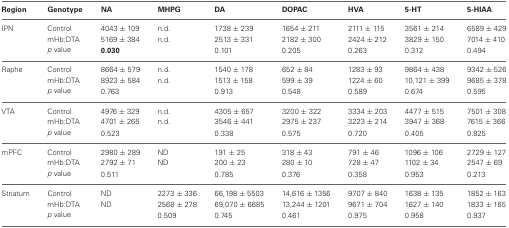
<table><thead><tr><td><b>Region</b></td><td><b>Genotype</b></td><td><b>NA</b></td><td><b>MHPG</b></td><td><b>DA</b></td><td><b>DOPAC</b></td><td><b>HVA</b></td><td><b>5-HT</b></td><td><b>5-HIAA</b></td></tr></thead><tbody><tr><td>IPN</td><td>Control</td><td>4043 ± 109</td><td>n.d.</td><td>1738 ± 239</td><td>1654 ± 211</td><td>2111 ± 115</td><td>3561 ± 214</td><td>6589 ± 429</td></tr><tr><td></td><td>mHb:DTA</td><td>5169 ± 384</td><td>n.d.</td><td>2513 ± 331</td><td>2182 ± 300</td><td>2424 ± 212</td><td>3829 ± 150</td><td>7014 ± 410</td></tr><tr><td></td><td><i>p</i> value</td><td><b>0.030</b></td><td></td><td>0.101</td><td>0.205</td><td>0.263</td><td>0.312</td><td>0.494</td></tr><tr><td>Raphe</td><td>Control</td><td>8664 ± 579</td><td>n.d.</td><td>1540 ± 178</td><td>652 ± 84</td><td>1283 ± 93</td><td>9864 ± 438</td><td>9342 ± 526</td></tr><tr><td></td><td>mHb:DTA</td><td>8923 ± 584</td><td>n.d.</td><td>1513 ± 158</td><td>599 ± 39</td><td>1224 ± 60</td><td>10,121 ± 399</td><td>9685 ± 378</td></tr><tr><td></td><td><i>p</i> value</td><td>0.763</td><td></td><td>0.913</td><td>0.548</td><td>0.589</td><td>0.674</td><td>0.595</td></tr><tr><td>VTA</td><td>Control</td><td>4976 ± 329</td><td>n.d.</td><td>4305 ± 657</td><td>3200 ± 322</td><td>3334 ± 203</td><td>4477 ± 515</td><td>7501 ± 308</td></tr><tr><td></td><td>mHb:DTA</td><td>4701 ± 265</td><td>n.d.</td><td>3546 ± 441</td><td>2975 ± 237</td><td>3223 ± 214</td><td>3947 ± 368</td><td>7615 ± 366</td></tr><tr><td></td><td><i>p</i> value</td><td>0.523</td><td></td><td>0.338</td><td>0.575</td><td>0.720</td><td>0.405</td><td>0.825</td></tr><tr><td>mPFC</td><td>Control</td><td>2980 ± 289</td><td>ND</td><td>191 ± 25</td><td>318 ± 43</td><td>791 ± 46</td><td>1096 ± 106</td><td>2729 ± 127</td></tr><tr><td></td><td>mHb:DTA</td><td>2792 ± 71</td><td>ND</td><td>200 ± 23</td><td>280 ± 10</td><td>728 ± 47</td><td>1102 ± 34</td><td>2547 ± 69</td></tr><tr><td></td><td><i>p</i> value</td><td>0.511</td><td></td><td>0.785</td><td>0.376</td><td>0.358</td><td>0.953</td><td>0.213</td></tr><tr><td>Striatum</td><td>Control</td><td>ND</td><td>2273 ± 336</td><td>66,198 ± 5503</td><td>14,616 ± 1356</td><td>9707 ± 840</td><td>1638 ± 135</td><td>1852 ± 163</td></tr><tr><td></td><td>mHb:DTA</td><td>ND</td><td>2568 ± 278</td><td>69,070 ± 6685</td><td>13,244 ± 1201</td><td>9671 ± 704</td><td>1627 ± 140</td><td>1833 ± 165</td></tr><tr><td></td><td><i>p</i> value</td><td></td><td>0.509</td><td>0.745</td><td>0.461</td><td>0.975</td><td>0.958</td><td>0.937</td></tr></tbody></table>